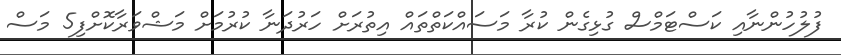
ފުލުހުންނާއި ކަސްޓަމްސް ގުޅިގެން ކުރާ މަސައްކަތްތައް އިތުރަށް ހަރުދަނާ ކުރުމަށް މަޝްވަރާކޮށްފި5 މަސް